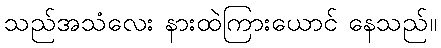
သည်အသံလေး နားထဲကြားယောင် နေသည်။